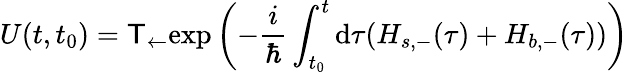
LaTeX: U(t,t_{0})=\mathsf{T}_{\leftarrow}\mathrm{{exp}}\left(-\frac{{i}}{{\hbar}}\int_{t_{0}}^{t}\mathrm{{d}}\tau(H_{s,-}(\tau)+H_{b,-}(\tau))\right)